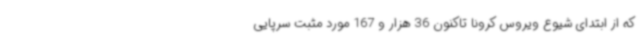
که از ابتدای شیوع ویروس کرونا تاکنون 36 هزار و 167 مورد مثبت سرپایی